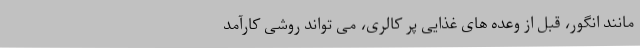
مانند انگور، قبل از وعده های غذایی پر کالری، می تواند روشی کارآمد